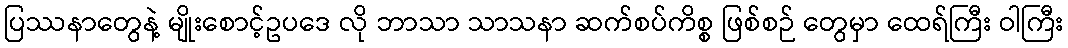
ပြဿနာတွေနဲ့ မျိုးစောင့်ဥပဒေ လို ဘာသာ သာသနာ ဆက်စပ်ကိစ္စ ဖြစ်စဉ် တွေမှာ ထေရ်ကြီး ဝါကြီး